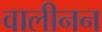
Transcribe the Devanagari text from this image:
वालीनन